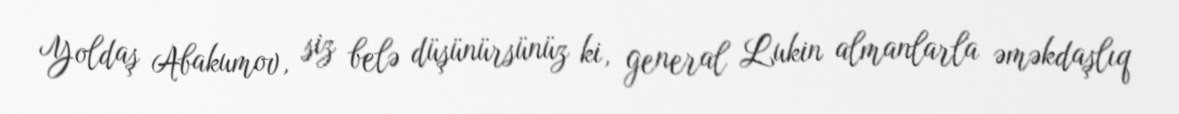
Yoldaş Abakumov, siz belə düşünürsünüz ki, general Lukin almanlarla əməkdaşlıq